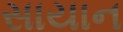
સાયાન